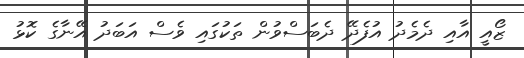
ޒޯއީ އާއި ދެމެދު އުފެދޭ ދެބަސްވުން ތަކުގައި ވެސް އަބަދު އޭނާގެ ކޮޅު